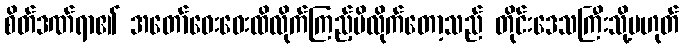
စိတ်ဒဏ်ရာ၏ အတော်ဝေးဝေးထိလိုက်ကြည့်မိလိုက်တော့သည် တိုင်းဒေသကြီးသို့မဟုတ်